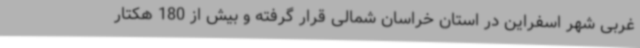
غربی شهر اسفراین در استان خراسان شمالی قرار گرفته و بیش از 180 هکتار